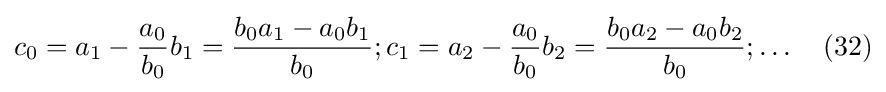
c_{0}=a_{1}-{\frac {a_{0}}{b_{0}}}b_{1}={\frac {b_{0}a_{1}-a_{0}b_{1}}{b_{0}}};c_{1}=a_{2}-{\frac {a_{0}}{b_{0}}}b_{2}={\frac {b_{0}a_{2}-a_{0}b_{2}}{b_{0}}};\ldots \quad (32)